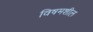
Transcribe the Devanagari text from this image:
विषमशील